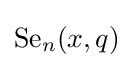
{\text{Se}}_{n}(x,q)